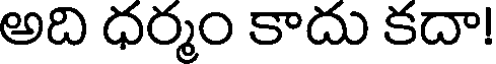
అది ధర్మం కాదు కదా!